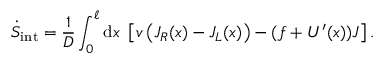
\dot { S } _ { \mathrm { i n t } } = \frac { 1 } { D } \int _ { 0 } ^ { \ell } \mathrm { d } x ~ \left[ v \left( J _ { R } ( x ) - J _ { L } ( x ) \right) - ( f + U ^ { \prime } ( x ) ) J \right] .